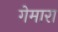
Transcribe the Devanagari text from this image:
गेमारा